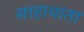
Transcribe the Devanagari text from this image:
साहायाता